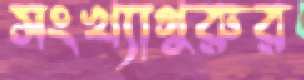
সংখ্যাগুরুর